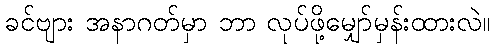
ခင်ဗျား အနာဂတ်မှာ ဘာ လုပ်ဖို့မျှော်မှန်းထားလဲ။